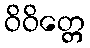
ဝိဝိတ္တေ